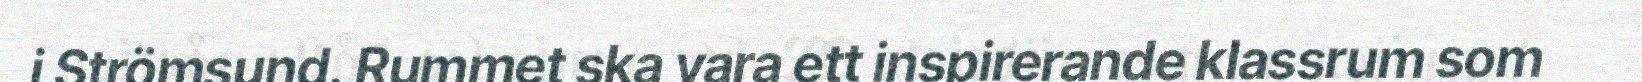
i Strömsund. Rummet ska vara ett inspirerande klassrum som